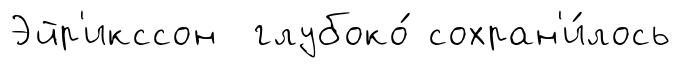
Эйр'икссон глубоко́ сохран'и́лось